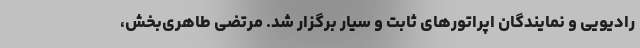
رادیویی و نمایندگان اپراتورهای ثابت و سیار برگزار شد. مرتضی طاهری‌بخش،